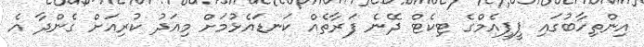
އިންތިހާބުގައި ޕީޕީއެމްގެ ޓިކެޓް ދޭނެ ފަރާތެއް ކަނޑައެޅުމަށް މިއަދު ކުރިއަށް ގެންދާ އެ